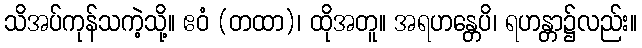
သိအပ်ကုန်သကဲ့သို့။ ဧဝံ (တထာ)၊ ထိုအတူ။ အရဟန္တေပိ၊ ရဟန္တာ၌လည်း။